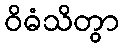
ဝိဓံသိတွာ